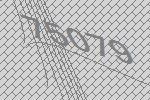
75079